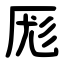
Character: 厖